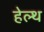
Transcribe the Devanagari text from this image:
हेल्‍थ